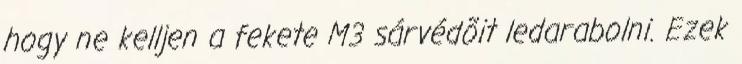
hogy ne kelljen a fekete M3 sárvédõit ledarabolni. Ezek